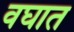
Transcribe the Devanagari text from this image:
वघात